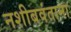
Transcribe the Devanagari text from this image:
नशीबवंताना